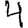
Digit: 4